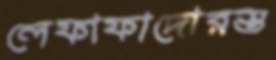
লেফাফাদোরস্ত